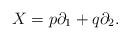
LaTeX: \begin{align*}X=p\partial_{1}+q\partial_{2}.\end{align*}